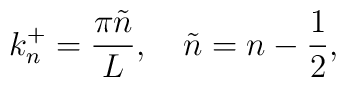
k_n^+=\frac{\pi\tilde{n}}{L}, \quad  \tilde{n}=n-\frac{1}{2},